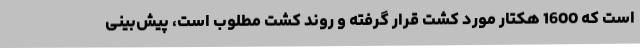
است که 1600 هکتار مورد کشت قرار گرفته و روند کشت مطلوب است، پیش‌بینی